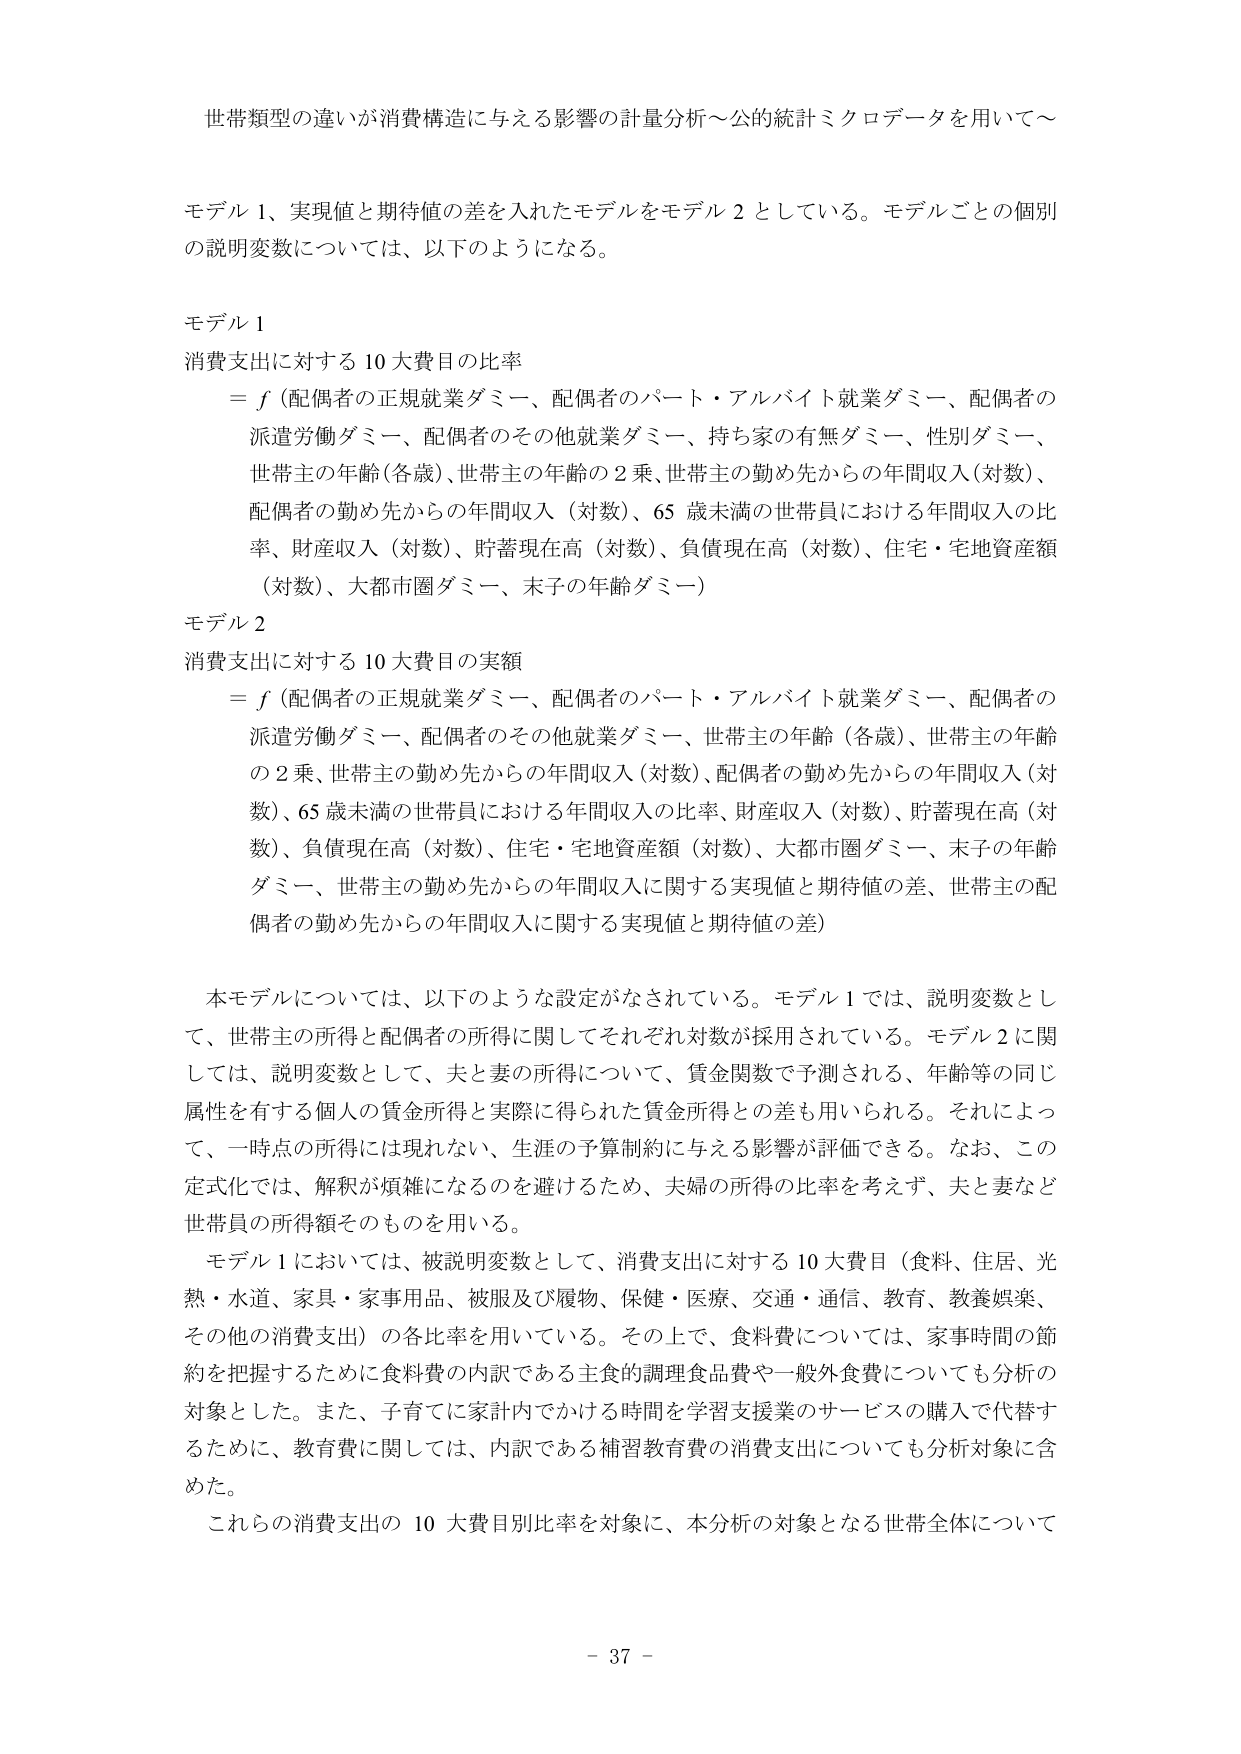
世帯類型の違いが消費構造に与える影響の計量分析～公的統計ミクロデータを用いて～

モデル１、実現値と期待値の差を入れたモデルをモデル２としている。モデルごとの個別の説明変数については、以下のようになる。

モデル１
消費支出に対する10大費目の比率
＝ｆ（配偶者の正規就業ダミー、配偶者のパート・アルバイト就業ダミー、配偶者の派遣労働ダミー、配偶者のその他就業ダミー、持ち家の有無ダミー、性別ダミー、世帯主の年齢（各歳）、世帯主の年齢の２乗、世帯主の勤め先からの年間収入（対数）、配偶者の勤め先からの年間収入（対数）、65歳未満の世帯員における年間収入の比率、財産収入（対数）、貯蓄現在高（対数）、負債現在高（対数）、住宅・宅地資産額（対数）、大都市圏ダミー、末子の年齢ダミー）

モデル２
消費支出に対する10大費目の実額
＝ｆ（配偶者の正規就業ダミー、配偶者のパート・アルバイト就業ダミー、配偶者の派遣労働ダミー、配偶者のその他就業ダミー、世帯主の年齢（各歳）、世帯主の年齢の２乗、世帯主の勤め先からの年間収入（対数）、配偶者の勤め先からの年間収入（対数）、65歳未満の世帯員における年間収入の比率、財産収入（対数）、貯蓄現在高（対数）、負債現在高（対数）、住宅・宅地資産額（対数）、大都市圏ダミー、末子の年齢ダミー、世帯主の勤め先からの年間収入に関する実現値と期待値の差、世帯主の配偶者の勤め先からの年間収入に関する実現値と期待値の差）

本モデルについては、以下のような設定がなされている。モデル１では、説明変数として、世帯主の所得と配偶者の所得に関してそれぞれ対数が採用されている。モデル２に関しては、説明変数として、夫と妻の所得について、賃金関数で予測される、年齢等の同じ属性を有する個人の賃金所得と実際に得られた賃金所得との差も用いられる。それによって、一時点の所得には現れない、生涯の予算制約に与える影響が評価できる。なお、この定式化では、解釈が煩雑になるのを避けるため、夫婦の所得の比率を考えず、夫と妻など世帯員の所得額そのものを用いる。

モデル１においては、被説明変数として、消費支出に対する10大費目（食料、住居、光熱・水道、家具・家事用品、被服及び履物、保健・医療、交通・通信、教育、教養娯楽、その他の消費支出）の各比率を用いている。その上で、食料費については、家事時間の節約を把握するために食料費の内訳である主食的調理食品費や一般外食費についても分析の対象とした。また、子育てに家計内でかける時間を学習支援業のサービスの購入で代替するために、教育費に関しては、内訳である補習教育費の消費支出についても分析対象に含めた。

これらの消費支出の10大費目別比率を対象に、本分析の対象となる世帯全体について

－ 37 －